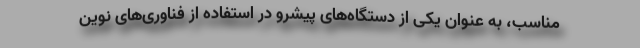
مناسب، به عنوان یکی از دستگاه‌های پیشرو در استفاده از فناوری‌های نوین